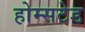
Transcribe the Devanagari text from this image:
होम्सटेड